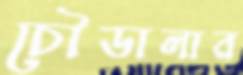
চৌডালার